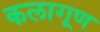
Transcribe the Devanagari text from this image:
कलागूण